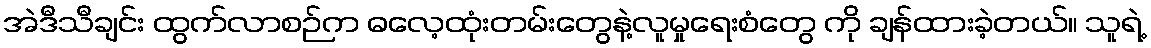
အဲဒီသီချင်း ထွက်လာစဉ်က ဓလေ့ထုံးတမ်းတွေနဲ့လူမှုရေးစံတွေ ကို ချန်ထားခဲ့တယ်။ သူရဲ့